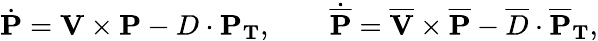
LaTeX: \dot{\mathbf{P}}=\mathbf{V}\times\mathbf{P}-D\cdot\mathbf{P_{T}},\qquad\dot{\mathbf{\overline{{{P}}}}}=\mathbf{\overline{{{V}}}}\times\mathbf{\overline{{{P}}}}-\overline{{{D}}}\cdot\mathbf{\overline{{{P}}}_{T}},